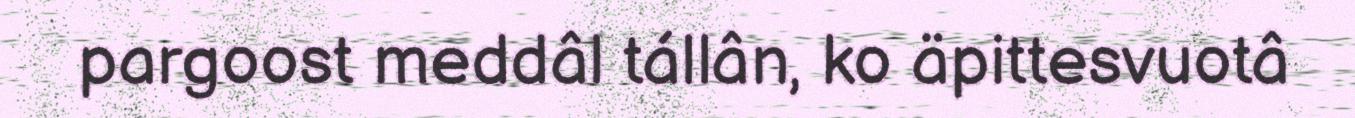
pargoost meddâl tállân, ko äpittesvuotâ